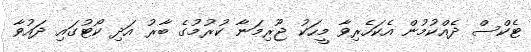
ޓެކްސް ދެއްކުމުން އެކަހެރިވާ މީހަކު ޖޫރިމަނާ ކުރުމުގެ ބާރު އަދި ކޯޓުގައި ދައުވާ